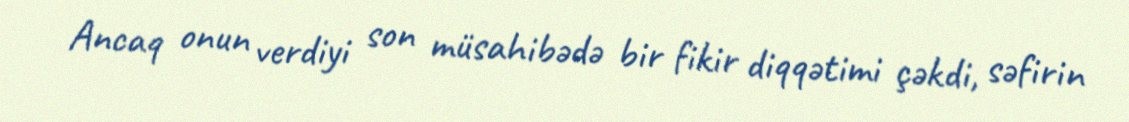
Ancaq onun verdiyi son müsahibədə bir fikir diqqətimi çəkdi, səfirin